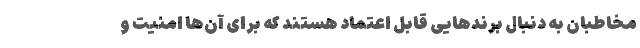
مخاطبان به دنبال برند‌هایی قابل اعتماد هستند که برای آن‌ها امنیت و